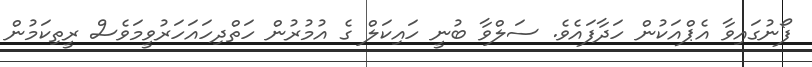
ފޯނުގައިވާ އެޕްއަކުން ހަދާފައެވެ. ސަލްވާ ބުނީ ހައިކަލް ގެ އުމުރުން ހަތްދިހައަހަރުވީމަވެސް ރީތިކަމުން